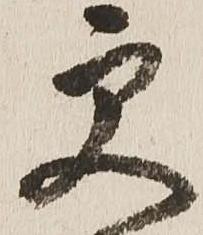
更